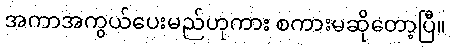
အကာအကွယ်ပေးမည်ဟုကား စကားမဆိုတော့ပြီ။